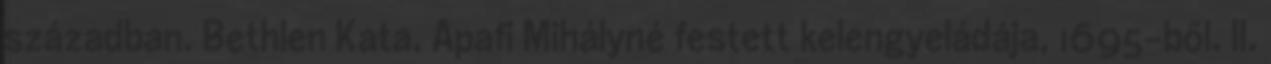
században. Bethlen Kata, Apafi Mihályné festett kelengyeládája, 1695-ből. II.